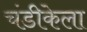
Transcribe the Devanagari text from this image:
चंडीकेला